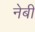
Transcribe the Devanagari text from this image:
नेबी